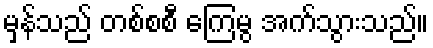
မှန်သည် တစ်စစီ ကြေမွ အက်သွားသည်။